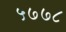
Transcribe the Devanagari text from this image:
५७७८